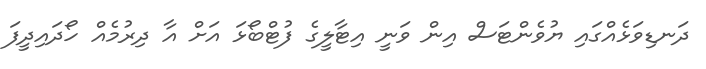
ދަނޑިވަޅެއްގައި ޔުވެންޓަސް އިން ވަނީ އިޓާލީގެ ފުޓްބޯޅަ އަށް އާ ދިރުމެއް ހޯދައިދީފަ